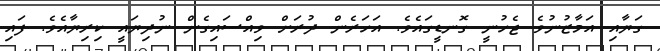
ގަޔާއި އަމާޒުނުވެ ޖެހުނީ ގޮނޑީގައެވެ. އަހަރެން ދުރަށް ވިއްސައިގެން ނުދިޔައީ ކިރިޔާއެވެ. ފައި